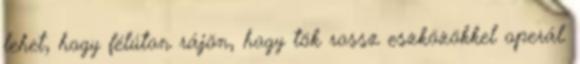
lehet, hogy félúton rájön, hogy tök rossz eszközökkel operál.